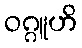
ဝဂ္ဂူဟိ